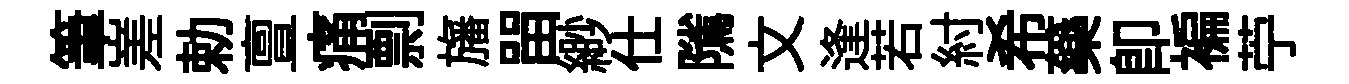
筆嵳勅亶痛剽旛㽞緲仕隲文逢若紂希藥即褊苧